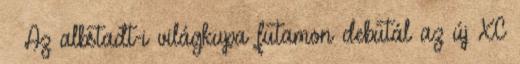
– Az albstadt-i világkupa futamon debütál az új XC